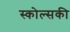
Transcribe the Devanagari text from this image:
स्कोल्सकी